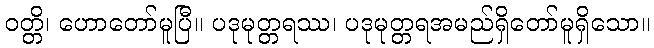
ဝတ္တိ၊ ဟောတော်မူပြီ။ ပဒုမုတ္တရဿ၊ ပဒုမုတ္တရအမည်ရှိတော်မူရှိသော။